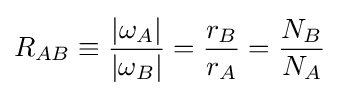
R_{AB}\equiv {\frac {|\omega _{A}|}{|\omega _{B}|}}={\frac {r_{B}}{r_{A}}}={\frac {N_{B}}{N_{A}}}